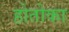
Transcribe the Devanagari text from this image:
होतोका